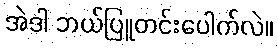
အဲဒါ ဘယ်ပြူတင်းပေါက်လဲ။